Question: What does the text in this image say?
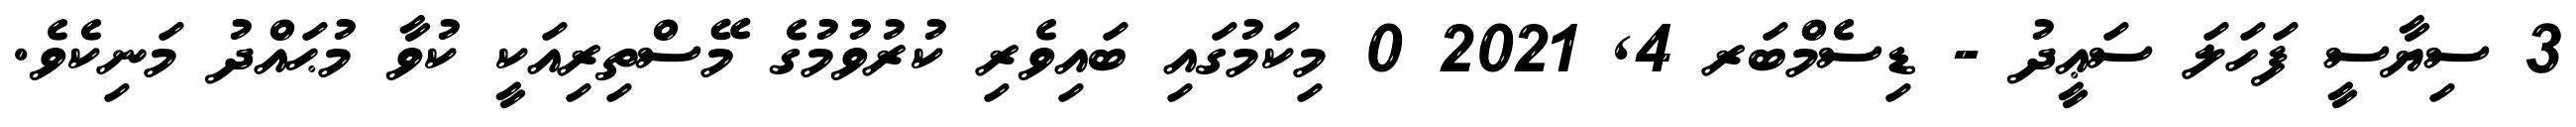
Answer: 3 ސިޔާސީ ފަހަލަ ސަޢީދު - ޑިސެމްބަރ 4, 2021 0 މިކަމުގައި ބައިވެރި ކުރުވުމުގެ މޭސްތިރިއަކީ ކުވާ މުޙައްދު މަނިކެވެ.